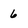
Character: 6